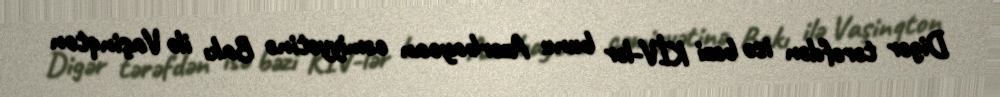
Digər tərəfdən isə bəzi KİV-lər bunu Azərbaycan cəmiyyətinə Bakı ilə Vaşinqton